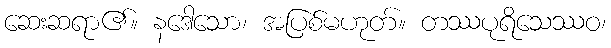
ဆေးဆရာ၏။ နဒေါသော၊ အပြစ်မဟုတ်။ တဿပုရိသေဿဝ၊